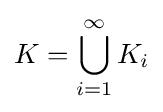
K=\bigcup _{i=1}^{\infty }K_{i}